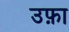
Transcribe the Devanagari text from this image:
उफ़ा